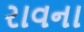
રાવના